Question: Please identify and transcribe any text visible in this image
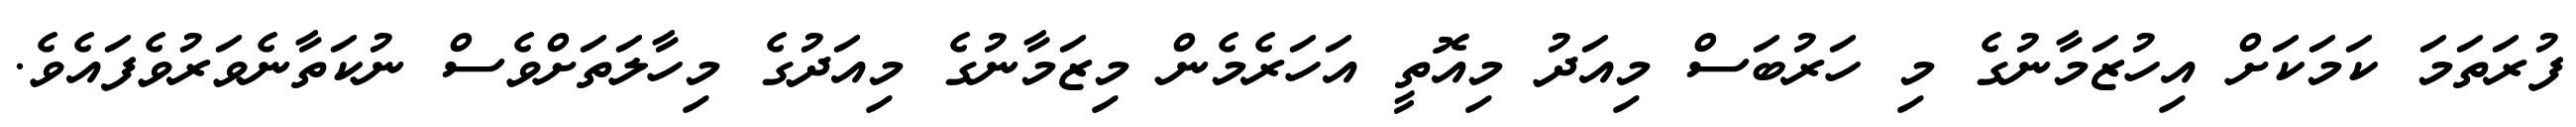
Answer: ފުރަތަމަ ކަމަކަށް އިހުޒަމާނުގެ މި ހަރުބަސް މިއަދު މިއޮތީ އަހަރެމެން މިޒަމާނުގެ މިއަދުގެ މިހާލަތަށްވެސް ނުކަތާނެވަރުވެފައެވެ.